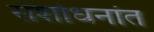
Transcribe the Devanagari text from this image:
संशोधनांत